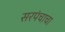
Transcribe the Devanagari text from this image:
सरपंचाचा